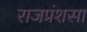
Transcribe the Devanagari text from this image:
राजप्रंशसा